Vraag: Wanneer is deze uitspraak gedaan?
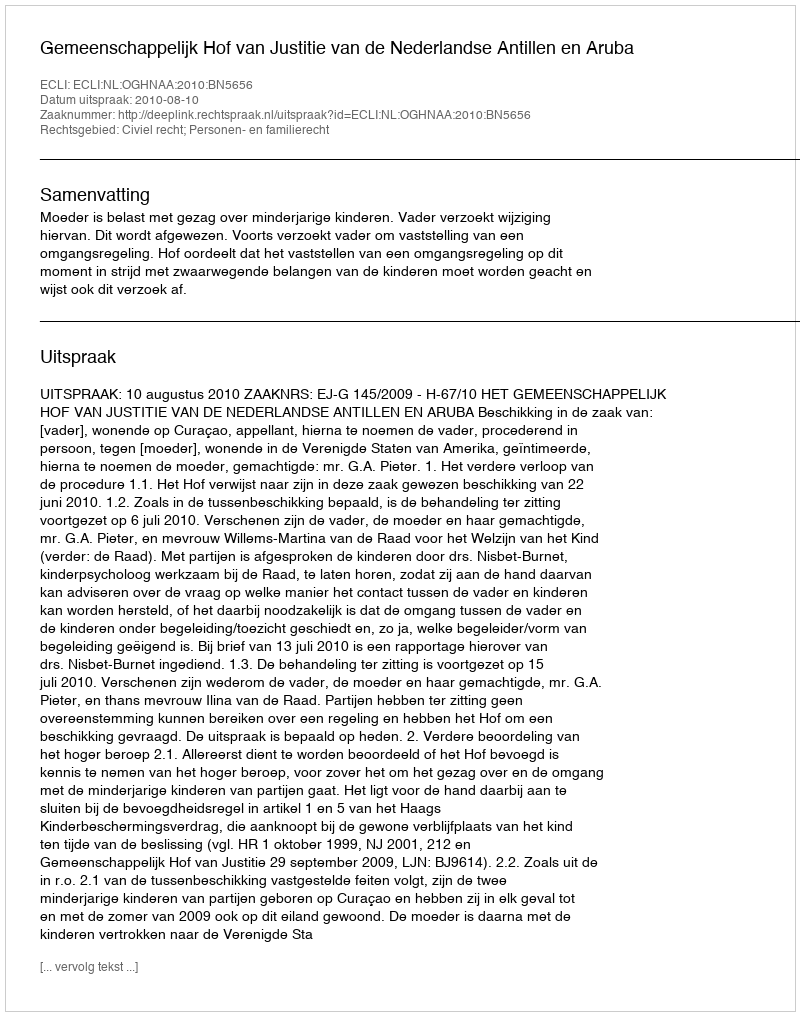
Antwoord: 2010-08-10